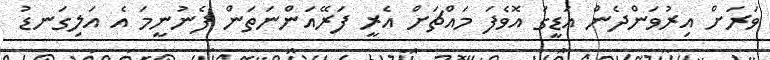
ވަރަށް އިރުވަންދެން އަޑީގަ އޮވެފަ މައްޗަށް އެރީ ފަރޭއަންނަތަން ފެނުނީމަ އެ އަލިގަނޑު